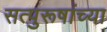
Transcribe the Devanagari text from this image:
सत्पुरूषांच्या